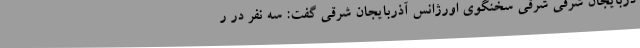
ذربایجان شرقی شرقی سخنگوی اورژانس آذربایجان شرقی گفت: سه نفر در ر